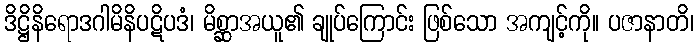
ဒိဋ္ဌိနိရောဒဂါမိနိပဋိပဒံ၊ မိစ္ဆာအယူ၏ ချုပ်ကြောင်း ဖြစ်သော အကျင့်ကို။ ပဇာနာတိ၊